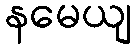
နမေယျ